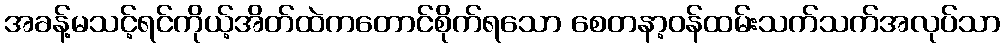
အခန့်မသင့်ရင်ကိုယ့်အိတ်ထဲကတောင်စိုက်ရသော စေတနာ့ဝန်ထမ်းသက်သက်အလုပ်သာ